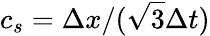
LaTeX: c_{s}=\Delta x/(\sqrt{3}\Delta t)